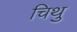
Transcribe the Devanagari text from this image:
चिथु